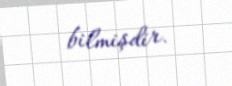
bilmişdir.